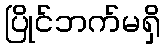
ပြိုင်ဘက်မရှိ